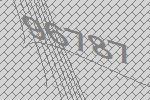
96787